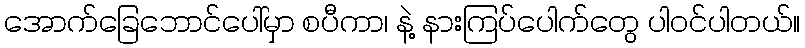
အောက်ခြေဘောင်ပေါ်မှာ စပီကာ၊ နဲ့ နားကြပ်ပေါက်တွေ ပါဝင်ပါတယ်။